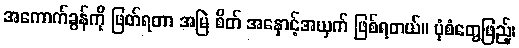
အကောက်ခွန်ကို ဖြတ်ရတာ အမြဲ စိတ် အနှောင့်အယှက် ဖြစ်ရတယ်။ ပုံစံတွေဖြည့်၊